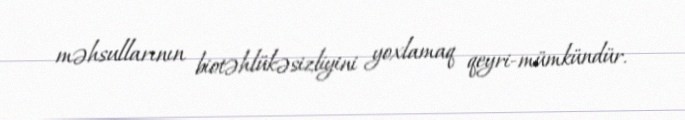
məhsullarının biotəhlükəsizliyini yoxlamaq qeyri-mümkündür.